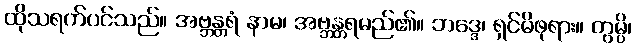
ထိုသရက်ပင်သည်။ အဗ္ဘန္တရံ နာမ၊ အဗ္ဘန္တရမည်၏။ ဘဒ္ဒေ၊ ရှင်မိဖုရား။ တွမ္ပိ၊